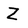
Character: Z